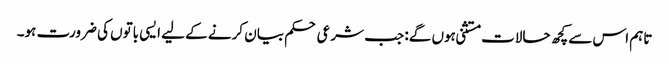
تاہم اس سے کچھ حالات مستثنی ہوں گے: جب شرعی حکم بیان کرنے کے لیے ایسی باتوں کی ضرورت ہو۔